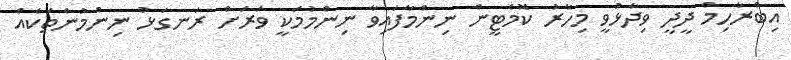
އިބްރާހިމް ދީދީ ވިދާޅުވީ މިހާރު ކޮމެޓީން ނިންމާފައިވާ ނިންމުމަކީ ވަރަށް ރަނގަޅު ނިންމުންތަކެއް